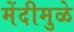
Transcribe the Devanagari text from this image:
मेंदीमुळे